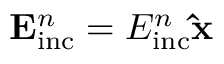
\mathbf { E } _ { \mathrm { i n c } } ^ { n } = E _ { \mathrm { i n c } } ^ { n } \mathbf { \hat { x } }